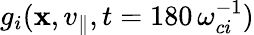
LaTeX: g_{i}(\mathbf{x},v_{\parallel},t=180\, \omega_{ci}^{-1})